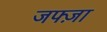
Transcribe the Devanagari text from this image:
जफ्ज़ा